Madras plague regulations in force outside the Presidency town - Volume 6
Disease focus: Plague
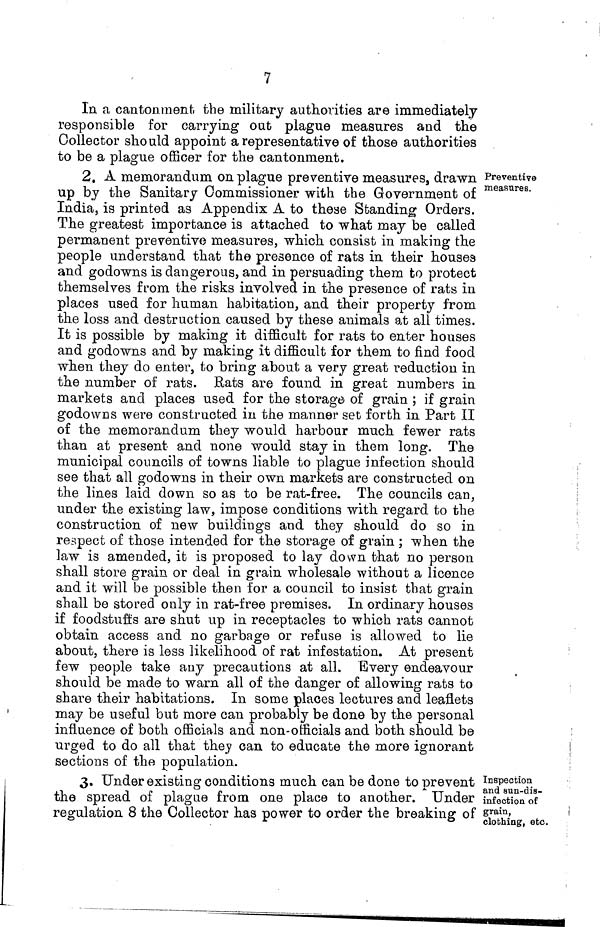
7
In a cantonment the military authorities are immediately
responsible for carrying oat plague measures and the
Collector should appoint a representative of those authorities
to be a plague officer for the cantonment.
Preventive
measures.
2. A memorandum on plague preventive measures, drawn
up by the Sanitary Commissioner with the Government of
India, is printed as Appendix A to these Standing Orders.
The greatest importance is attached to what may be called
permanent preventive measures, which consist in making the
people understand that the presence of rats in their houses
and godowns is dangerous, and in persuading them to protect
themselves from the risks involved in the presence of rats in
places used for human habitation, and their property from
the loss and destruction caused by these animals at all times.
It is possible by making it difficult for rats to enter houses
and godowns and by making it difficult for them to find food
when they do enter, to bring about a very great reduction in
the number of rats. Rats are found in great numbers in
markets and places used for the storage of grain ; if grain
godowns were constructed in the manner set forth in Part II
of the memorandum they would harbour much fewer rats
than at present and none would stay in them long. The
municipal councils of towns liable to plague infection should
see that all godowns in their own markets are constructed on
the lines laid down so as to be rat-free. The councils can,
under the existing law, impose conditions with regard to the
construction of new buildings and they should do so in
respect of those intended for the storage of grain ; when the
law is amended, it is proposed to lay down that no person
shall store grain or deal in grain wholesale without a licence
and it will be possible then for a council to insist that grain
shall be stored only in rat-free premises. In ordinary houses
if foodstuffs are shut up in receptacles to which rats cannot
obtain access and no garbage or refuse is allowed to lie
about, there is less likelihood of rat infestation. At present
few people take any precautions at all. Every endeavour
should be made to warn all of the danger of allowing rats to
share their habitations. In some places lectures and leaflets
may be useful but more can probably be done by the personal
influence of both officials and non-officials and both should be
urged to do all that they can to educate the more ignorant
sections of the population.
Inspection
and sun-dis-
infection of
grain,
clothing, etc.
3. Under existing conditions much can be done to prevent
the spread of plague from one place to another. Under
regulation 8 the Collector has power to order the breaking of